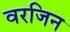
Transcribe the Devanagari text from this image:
वरजिन